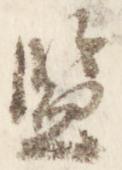
監